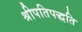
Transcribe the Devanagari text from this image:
श्रीपतिपद्धति